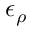
\epsilon _ { \rho }